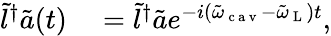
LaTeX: \begin{array}{rl}{\tilde{l}^{\dagger}\tilde{a}(t)}&{{}=\tilde{l}^{\dagger}\tilde{a}e^{-i(\tilde{\omega}_{\mathrm{~c~a~v~}}-\tilde{\omega}_{\mathrm{~L~}})t},}\end{array}